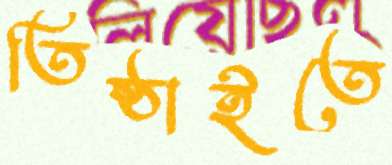
তিষ্ঠাইতে